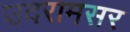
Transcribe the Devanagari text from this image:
उदरामसर